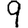
Digit: 9